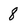
Character: 8